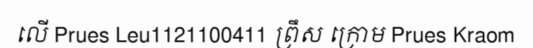
លើ Prues Leu1121100411 ព្រឹស ក្រោម Prues Kraom